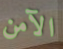
الآمن